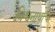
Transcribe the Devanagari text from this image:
विश्वनाथाचा